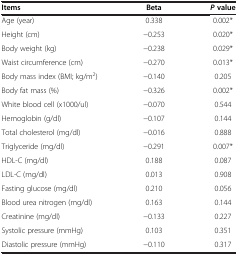
<table><thead><tr><td><b>Items</b></td><td><b>Beta</b></td><td><b><i>P </i>value</b></td></tr></thead><tbody><tr><td>Age (year)</td><td>0.338</td><td>0.002*</td></tr><tr><td>Height (cm)</td><td>-0.253</td><td>0.020*</td></tr><tr><td>Body weight (kg)</td><td>-0.238</td><td>0.029*</td></tr><tr><td>Waist circumference (cm)</td><td>-0.270</td><td>0.013*</td></tr><tr><td>Body mass index (BMI; kg/m<sup>2</sup>)</td><td>-0.140</td><td>0.205</td></tr><tr><td>Body fat mass (%)</td><td>-0.326</td><td>0.002*</td></tr><tr><td>White blood cell (x1000/ul)</td><td>-0.070</td><td>0.544</td></tr><tr><td>Hemoglobin (g/dl)</td><td>-0.107</td><td>0.144</td></tr><tr><td>Total cholesterol (mg/dl)</td><td>-0.016</td><td>0.888</td></tr><tr><td>Triglyceride (mg/dl)</td><td>-0.291</td><td>0.007*</td></tr><tr><td>HDL-C (mg/dl)</td><td>0.188</td><td>0.087</td></tr><tr><td>LDL-C (mg/dl)</td><td>0.013</td><td>0.908</td></tr><tr><td>Fasting glucose (mg/dl)</td><td>0.210</td><td>0.056</td></tr><tr><td>Blood urea nitrogen (mg/dl)</td><td>0.163</td><td>0.144</td></tr><tr><td>Creatinine (mg/dl)</td><td>-0.133</td><td>0.227</td></tr><tr><td>Systolic pressure (mmHg)</td><td>0.103</td><td>0.351</td></tr><tr><td>Diastolic pressure (mmHg)</td><td>-0.110</td><td>0.317</td></tr></tbody></table>